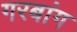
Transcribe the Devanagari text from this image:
गरबांग